Annual report on the health of the army in India
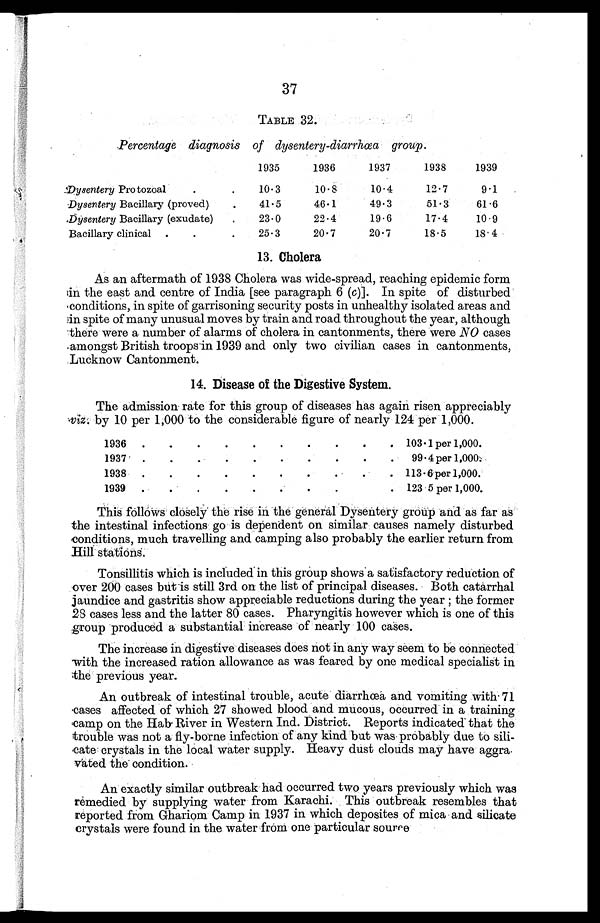
37
TABLE 32.
Percentage diagnosis of dusentery-diarrhaa group.
1935
1936
1937
1938
1939
Dysentery Protozoal.
.
10.3
10.8
10.4
12.7
9.1
Dysentery Bacillary (proved).
41.5
46.1
49.3
51.3
61.6
Dysentery Bacillary (exudate).
23.0
22.4
19.6
17.4
10.9
Bacillary clinical. .
.
25.3
20.7
20.7
18.5
18.4
13. Cholera
As an aftermath of 1938 Cholera was wide-spread, reaching epidemic form
in the east and centre of India [see paragraph 6 ( c)]. In spite of disturbed
conditions, in spite of garrisoning security posts in unhealthy isolated areas and
in spite of many unusual moves by train and road throughout the year, although
there were a number of alarms of cholera in cantonments, there were NO cases
.amongst British troops in 1939 and only two civilian cases in cantonments,
Lucknow Cantonment.
14. Disease of the Digestive System.
The admission rate for this group of diseases has again risen appreciably
viz. by 10 per 1,000 to the considerable figure of nearly 124 per 1,000.
1936 .
.
.
.
.
.
.
.
.
. 103.1 per 1,000.
1937 .
.
.
.
.
.
.
.
.
. 99.4 per 1,000.
1938 .
.
.
.
.
.
.
.
.
. 113.6 per 1,000.
1939
.
.
.
.
.
.
.
.
. 123.5 per 1,000.
This follows closely the rise in the general Dysentery group and as far as
the intestinal infections go is dependent on similar causes namely disturbed
conditions, much travelling and camping also probably the earlier return from
Hill stations.
Tonsillitis which is included in this group shows a satisfactory reduction of
over 200 cases but is still 3rd on the list of principal diseases. Both catarrhal
jaundice and gastritis show appreciable reductions during the year ; the former
28 cases less and the latter 80 cases. Pharyngitis however which is one of this
group produced a substantial increase of nearly 100 cases.
The increase in digestive diseases does not in any way seem to be connected
with the increased ration allowance as was feared by one medical specialist in
;the previous year.
An outbreak of intestinal trouble, acute diarrhœa and vomiting with 71
cases affected of which 27 showed blood and mucous, occurred in a training
camp on the Hab River in Western Ind. District. Reports indicated that the
trouble was not a fly-borne infection of any kind but was probably due to sili-
cate crystals in the local water supply. Heavy dust clouds may have aggra.
vated the condition.
An exactly similar outbreak had occurred two years previously which was
remedied by supplying water from Karachi. This outbreak resembles that
reported from Ghariom Camp in 1937 in which deposites of mica and silicate
crystals were found in the water from one particular source